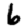
Digit: 6